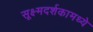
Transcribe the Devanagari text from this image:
सूक्ष्मदर्शकामध्ये